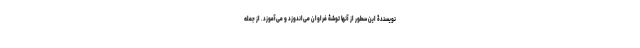
نویسندۀ این سطور از آنها توشۀ فراوان می‌اندوزد و می‌آموزد. از جمله